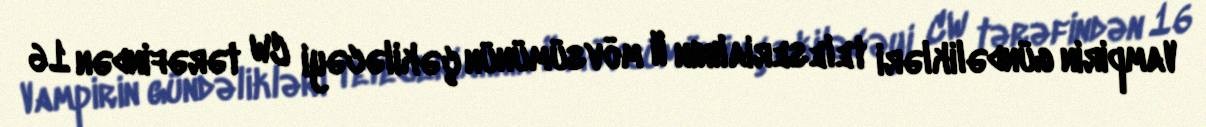
Vampirin gündəlikləri teleserialının II mövsümünün çəkiləcəyi CW tərəfindən 16